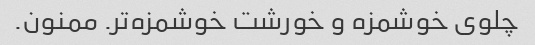
چلوی خوشمزه و خورشت خوشمزه‌تر. ممنون.